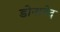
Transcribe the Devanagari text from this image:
डोनातेद